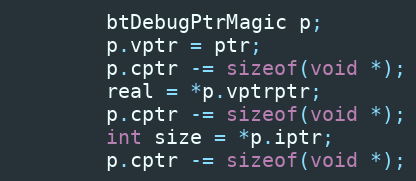
Language: C++
		btDebugPtrMagic p;
		p.vptr = ptr;
		p.cptr -= sizeof(void *);
		real = *p.vptrptr;
		p.cptr -= sizeof(void *);
		int size = *p.iptr;
		p.cptr -= sizeof(void *);